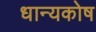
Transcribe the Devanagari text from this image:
धान्यकोष